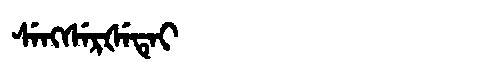
Manchu: ᠰᡝᠩᠰᡝᡵᡧᡝᡨᡝᡳ
Romanization: SENGSERŠETEI